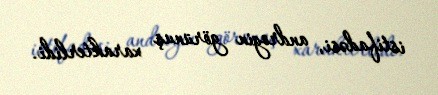
istifadəsi, androgin görünuş xarakterlidi.